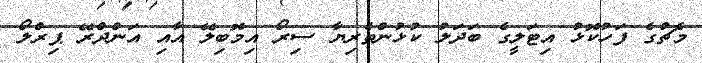
މެޗުގެ ފަހުކޮޅު އިޓަލީގެ ބަދަލު ކުޅުންތެރިޔާ ސިރޯ އިމޮބިލޭ އާއި އަންދްރޭ ޕިރްލޯ